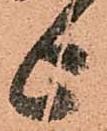
上